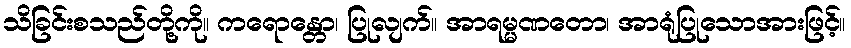
သိခြင်းစသည်တို့ကို။ ကရောန္တော၊ ပြုလျက်။ အာရမ္မဏတော၊ အာရုံပြုသောအားဖြင့်။